画像に写った文字を読んでください
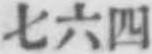
「七六四」と書いてあります